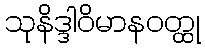
သုနိဒ္ဒါဝိမာနဝတ္ထု